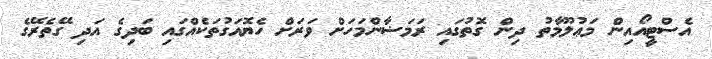
އެސްޓީއޯއިން މަޢުލޫމާތު ދިން ގޮތުގައި ރަމަޟާންމަހަށް ވަރަށް ހެޔޮއަގުތަކެއްގައި ބަދިގެ އަދި ގޭތެރޭގެ